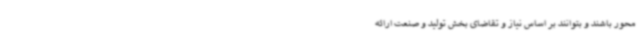
محور باشند و بتوانند بر اساس نیاز و تقاضای بخش تولید و صنعت ارائه